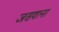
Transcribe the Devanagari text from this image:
जसवाना